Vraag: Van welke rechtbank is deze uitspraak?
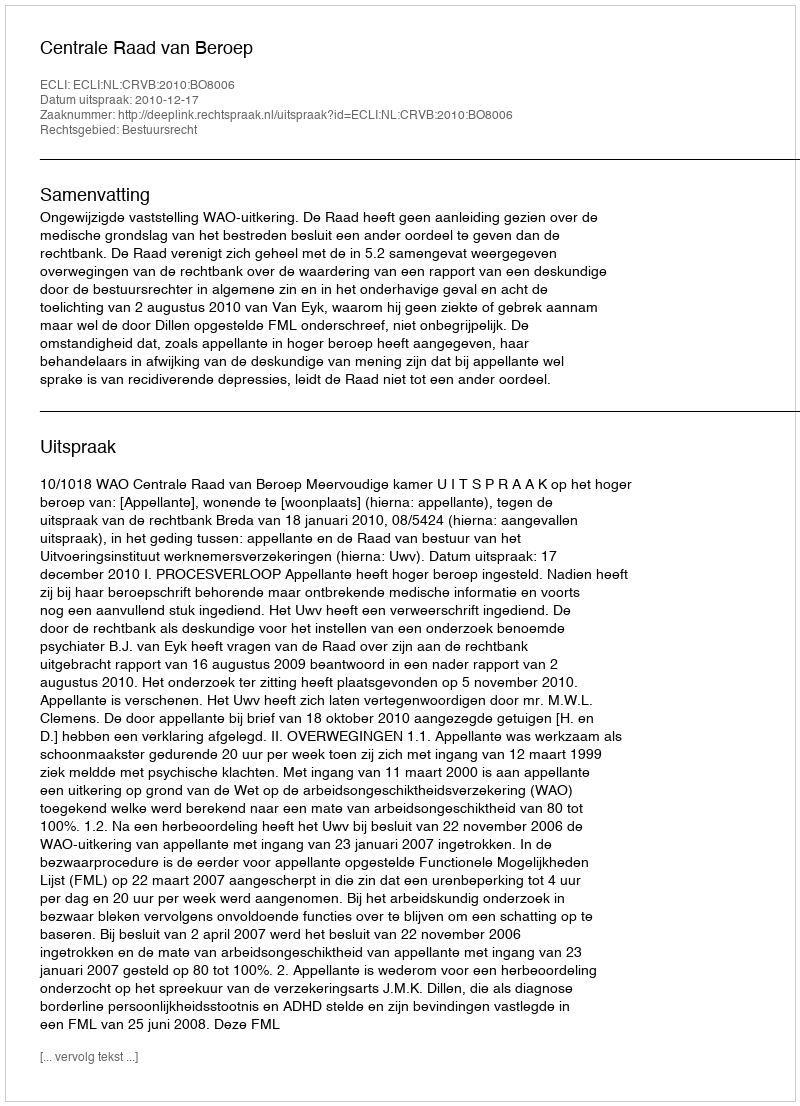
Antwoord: Centrale Raad van Beroep